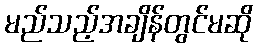
မည်သည့်အချိန်တွင်မဆို